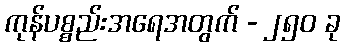
ကုန်ပစ္စည်းအရေအတွက် - ၂၅၀ ခု